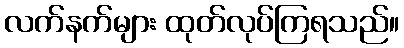
လက်နက်များ ထုတ်လုပ်ကြရသည်။